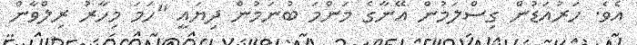
އެވެ. ހަރުއަޑުން ގިސްލަމުން އޭނާގެ މަންމަ ބުނަމުން ދިޔައީ "ހަމަ މިހާރު ރިލްވާން